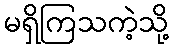
မရှိကြသကဲ့သို့